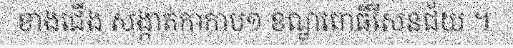
ខាងជើង សង្កាត់កាកាប១ ខណ្ឌពោធិ៍សែនជ័យ ។